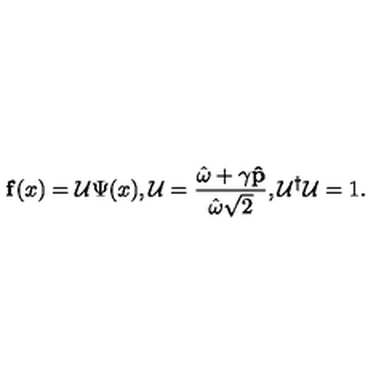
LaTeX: { \bf f } ( x ) = { \cal U } \Psi ( x ) , { \cal U } = \frac { \hat { \omega } + \mathrm { \boldmath \gamma } { \bf \hat { p } } } { \hat { \omega } \sqrt { 2 } } , { \cal U } ^ { \dag } { \cal U } = 1 .